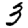
Digit: 3